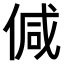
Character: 𠊭